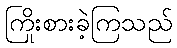
ကြိုးစားခဲ့ကြသည်